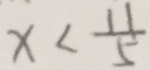
x < \frac { 1 1 } { 5 }